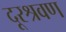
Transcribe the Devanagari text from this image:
दूरश्रवण